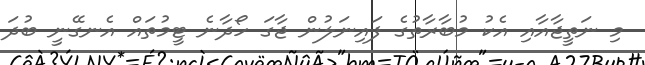
މި ނަތީޖާއާއި އެކު މުބާރާތުގެ ފައިނަލުން ޖާގަ ހޯދާނެ ޓީމުތައް އެނގޭނީ ބުދަ